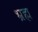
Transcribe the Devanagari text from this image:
भ्रह्म